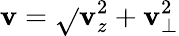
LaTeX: \mathbf{v}=\sqrt{}{{\mathbf{v}_{z}^{2}+\mathbf{v}_{\perp}^{2}}}